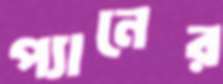
প্যানের